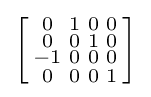
\left[{\begin{smallmatrix}0&1&0&0\\0&0&1&0\\-1&0&0&0\\0&0&0&1\\\end{smallmatrix}}\right]